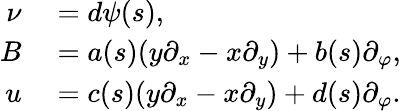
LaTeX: \begin{array}{rl}{\nu}&{{}=d\psi(s),}\\ {B}&{{}=a(s)(y\partial_{x}-x\partial_{y})+b(s)\partial_{\varphi},}\\ {u}&{{}=c(s)(y\partial_{x}-x\partial_{y})+d(s)\partial_{\varphi}.}\end{array}